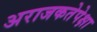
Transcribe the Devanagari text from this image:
अराजकतेपेक्षा